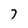
Character: 7